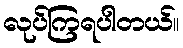
လုပ်ကြရပါတယ်။